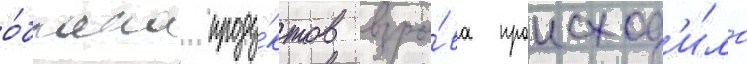
о́блака проду́ктов взры́ва происход'и́ло